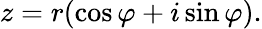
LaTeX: z=r(\cos\varphi+i\sin\varphi).